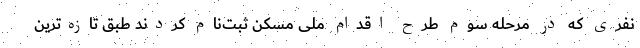
نفری که در مرحله سوم طرح اقدام ملی مسکن ثبت‌نام کردند طبق تازه‌ترین